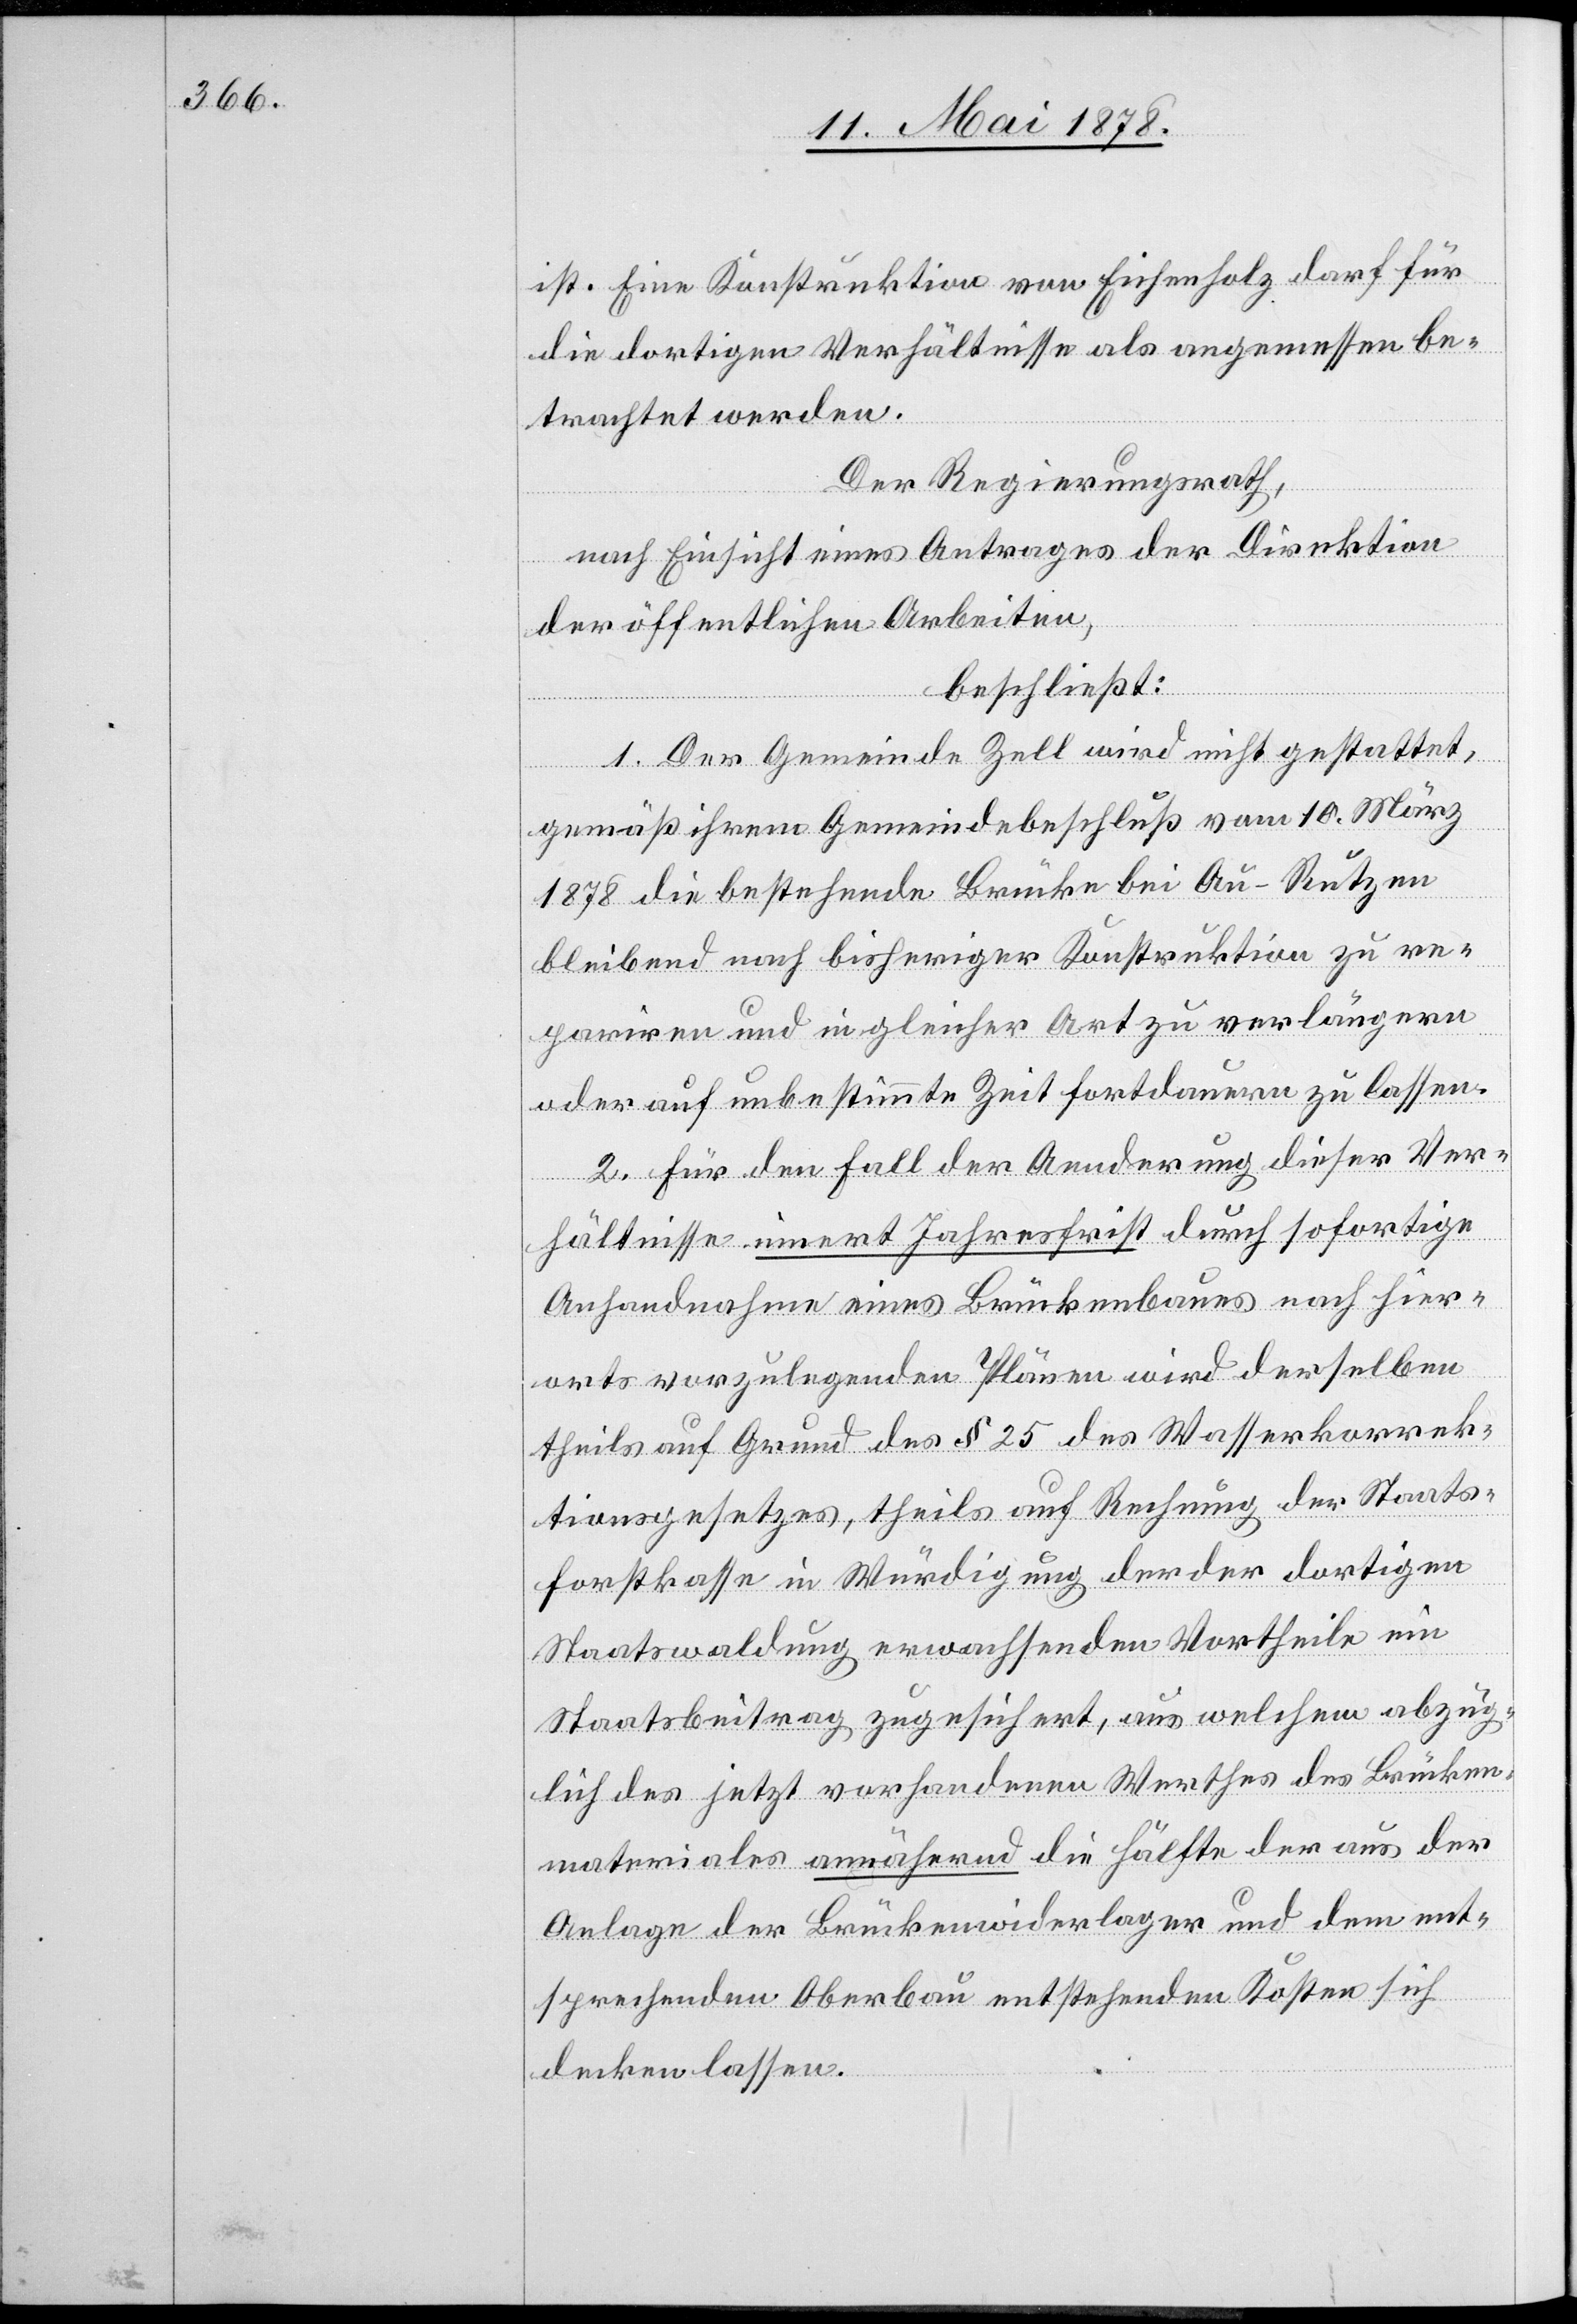
ist. Eine Konstruktion von Eichenholz darf für
die dortigen Verhältnisse als angemessene be¬
trachtet werden.
Der Regierungsrath,
nach Einsicht eines Antrages der Direktion
der öffentlichen Arbeiten,
beschließt:
1. Der Gemeinde Zell wird nicht gestattet,
gemäß ihrem Gemeindebeschluß vom 10. März
1878 die bestehende Brücke bei Au - Rutzen
bleibend nach bisheriger Konstruktion zu re¬
pariren und in gleicher Art zu verlängern
oder auf unbestimmte Zeit fortdauern zu lassen.
2. Für den Fall der Aenderung dieser Ver¬
hältnisse innert Jahresfrist durch sofortige
Anhandnahme eines Brückenbaues nach hier¬
orts vorzulegenden Plänen wird derselben
theils auf Grund des § 25 des Wasserkorrek¬
tionsgesetzes, theils auf Rechnung der Staats¬
forstkasse in Würdigung der der dortigen
Staatswaldung erwachsenden Vortheile ein
Staatsbeitrag zugesichert, aus welchem abzüg¬
lich des jetzt vorhandenen Werthes des Brücken¬
materials annähernd die Hälfte der aus der
Anlage der Brückenwiderlager und dem ent¬
sprechenden Oberbau entstehenden Kosten sich
decken lassen.